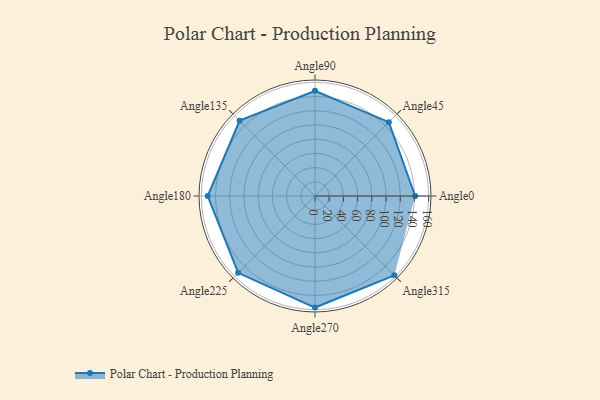
{"axis": {"x": "Angle", "y": "Radius"}, "legend": [""], "data": [{"x": "Angle0", "y": 141.0, "type": ""}, {"x": "Angle45", "y": 147.0, "type": ""}, {"x": "Angle90", "y": 148.0, "type": ""}, {"x": "Angle135", "y": 150.0, "type": ""}, {"x": "Angle180", "y": 151.0, "type": ""}, {"x": "Angle225", "y": 153.0, "type": ""}, {"x": "Angle270", "y": 157.0, "type": ""}, {"x": "Angle315", "y": 158.0, "type": ""}]}